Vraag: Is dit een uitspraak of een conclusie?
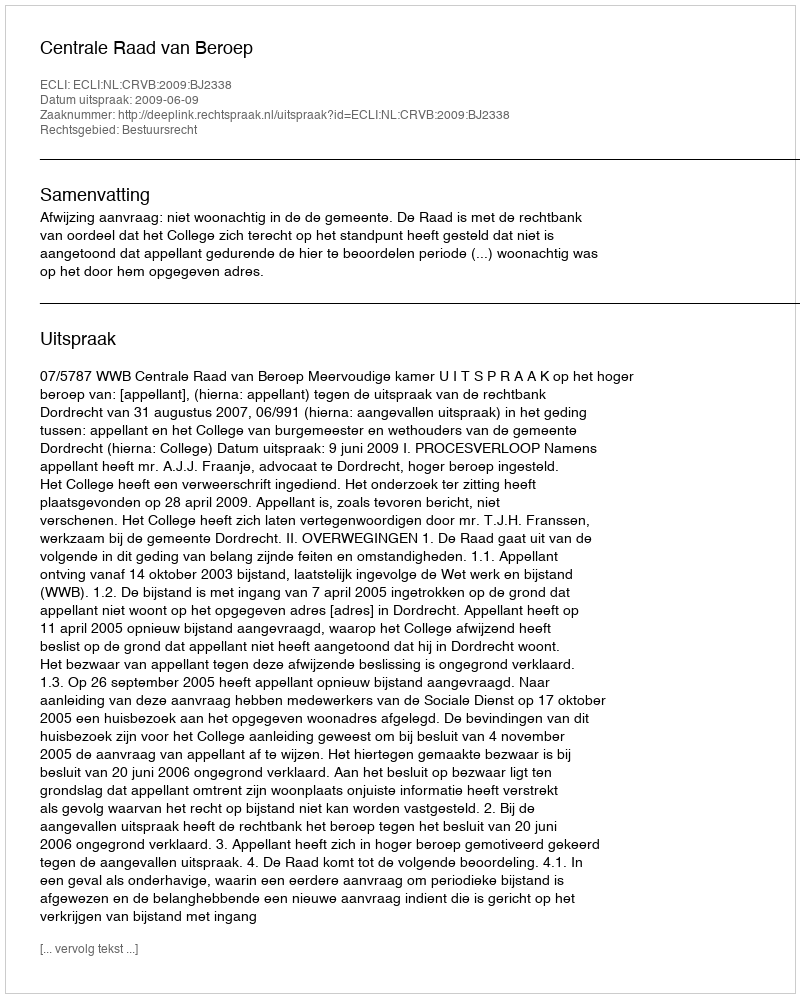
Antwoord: Uitspraak